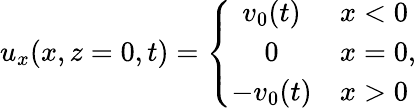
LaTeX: \begin{array}{r}{u_{x}(x,z=0,t)=\left\{ \begin{array}{cc}{v_{0}(t)}&{x<0}\\ {0}&{x=0}\\ {-v_{0}(t)}&{x>0}\end{array}\right.,}\end{array}